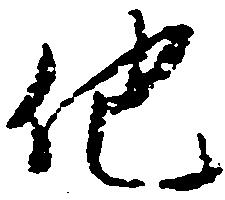
他